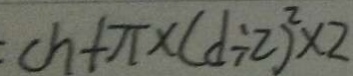
c h + \pi \times ( d \div 2 ) ^ { 2 } \times 2